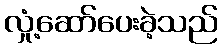
လှုံ့ဆော်ပေးခဲ့သည်